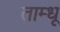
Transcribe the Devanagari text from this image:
ताम्धू